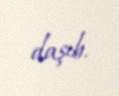
daşıb.